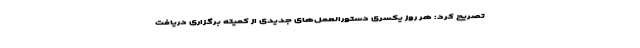
تصریح کرد: هر روز یکسری دستورالعمل‌های جدیدی از کمیته برگزاری دریافت